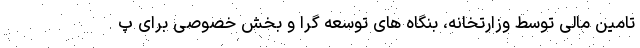
تامین مالی توسط وزارتخانه، بنگاه های توسعه گرا و بخش خصوصی برای پ